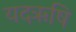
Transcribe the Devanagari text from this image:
यदऋषि